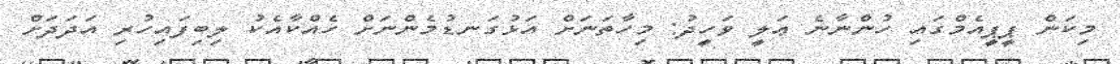
މިކަން ޕީޕީއެމްގައި ހުންނާނެ ޢަލީ ވަހީދު: މިހާތަނަށް އަޅުގަނޑުމެންނަށް ހެއްކާއެކު ލިބިފައިހުރި އަދަދަށް